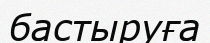
бастыруға